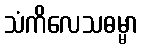
သံကိလေသဓမ္မာ